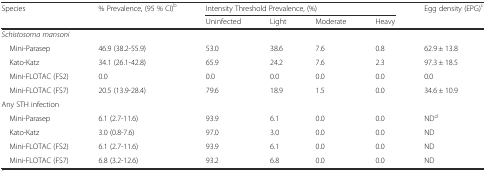
<table><thead><tr><td><b>Species</b></td><td><b>% Prevalence, (95 % CI)<sup>b</sup></b></td><td colspan="4"><b>Intensity Threshold Prevalence, (%)</b></td><td><b>Egg density (EPG)<sup>c</sup></b></td></tr><tr><td></td><td></td><td><b>Uninfected</b></td><td><b>Light</b></td><td><b>Moderate</b></td><td><b>Heavy</b></td><td></td></tr></thead><tbody><tr><td><i>Schistosoma mansoni</i></td><td></td><td></td><td></td><td></td><td></td><td></td></tr><tr><td> Mini-Parasep</td><td>46.9 (38.2-55.9)</td><td>53.0</td><td>38.6</td><td>7.6</td><td>0.8</td><td>62.9 ± 13.8</td></tr><tr><td> Kato-Katz</td><td>34.1 (26.1-42.8)</td><td>65.9</td><td>24.2</td><td>7.6</td><td>2.3</td><td>97.3 ± 18.5</td></tr><tr><td> Mini-FLOTAC (FS2)</td><td>0.0</td><td>0.0</td><td>0.0</td><td>0.0</td><td>0.0</td><td>0.0</td></tr><tr><td> Mini-FLOTAC (FS7)</td><td>20.5 (13.9-28.4)</td><td>79.6</td><td>18.9</td><td>1.5</td><td>0.0</td><td>34.6 ± 10.9</td></tr><tr><td>Any STH infection</td><td></td><td></td><td></td><td></td><td></td><td></td></tr><tr><td> Mini-Parasep</td><td>6.1 (2.7-11.6)</td><td>93.9</td><td>6.1</td><td>0.0</td><td>0.0</td><td>ND<sup>d</sup></td></tr><tr><td> Kato-Katz</td><td>3.0 (0.8-7.6)</td><td>97.0</td><td>3.0</td><td>0.0</td><td>0.0</td><td>ND</td></tr><tr><td> Mini-FLOTAC (FS2)</td><td>6.1 (2.7-11.6)</td><td>93.9</td><td>6.1</td><td>0.0</td><td>0.0</td><td>ND</td></tr><tr><td> Mini-FLOTAC (FS7)</td><td>6.8 (3.2-12.6)</td><td>93.2</td><td>6.8</td><td>0.0</td><td>0.0</td><td>ND</td></tr></tbody></table>